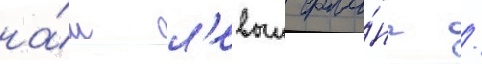
на́ш л'евыи фла́нг /